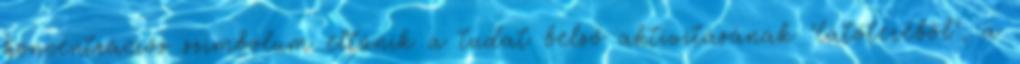
koncentrációs szimbólum eltűnik a tudat belső aktivitásának "látóteréből", a